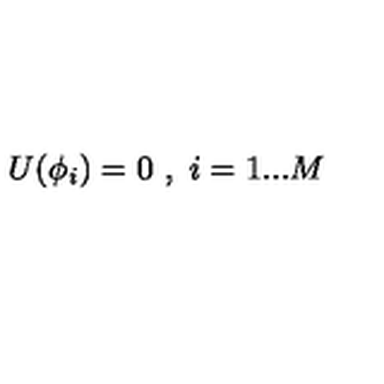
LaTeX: U ( \phi _ { i } ) = 0 \textrm { } , \textrm { } i = 1 . . . M